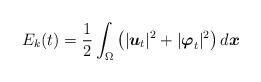
LaTeX: \begin{align*}E_{k}(t) = \frac{1}{2}\int_{\Omega}\left( |\boldsymbol{u}_{t}|^{2} + |\boldsymbol{\varphi}_{t}|^{2} \right)d\boldsymbol{x}\end{align*}